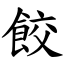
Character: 餃